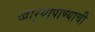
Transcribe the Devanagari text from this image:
खार्‍यापाण्याची